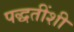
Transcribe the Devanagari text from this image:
पद्धतींशी